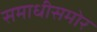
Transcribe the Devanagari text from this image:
समाधीसमोर